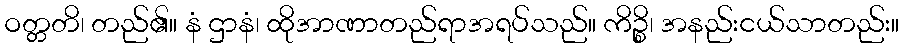
ဝတ္တတိ၊ တည်၏။ နံ ဌာနံ၊ ထိုအာဏာတည်ရာအရပ်သည်။ ကိဉ္စိ၊ အနည်းငယ်သာတည်း။